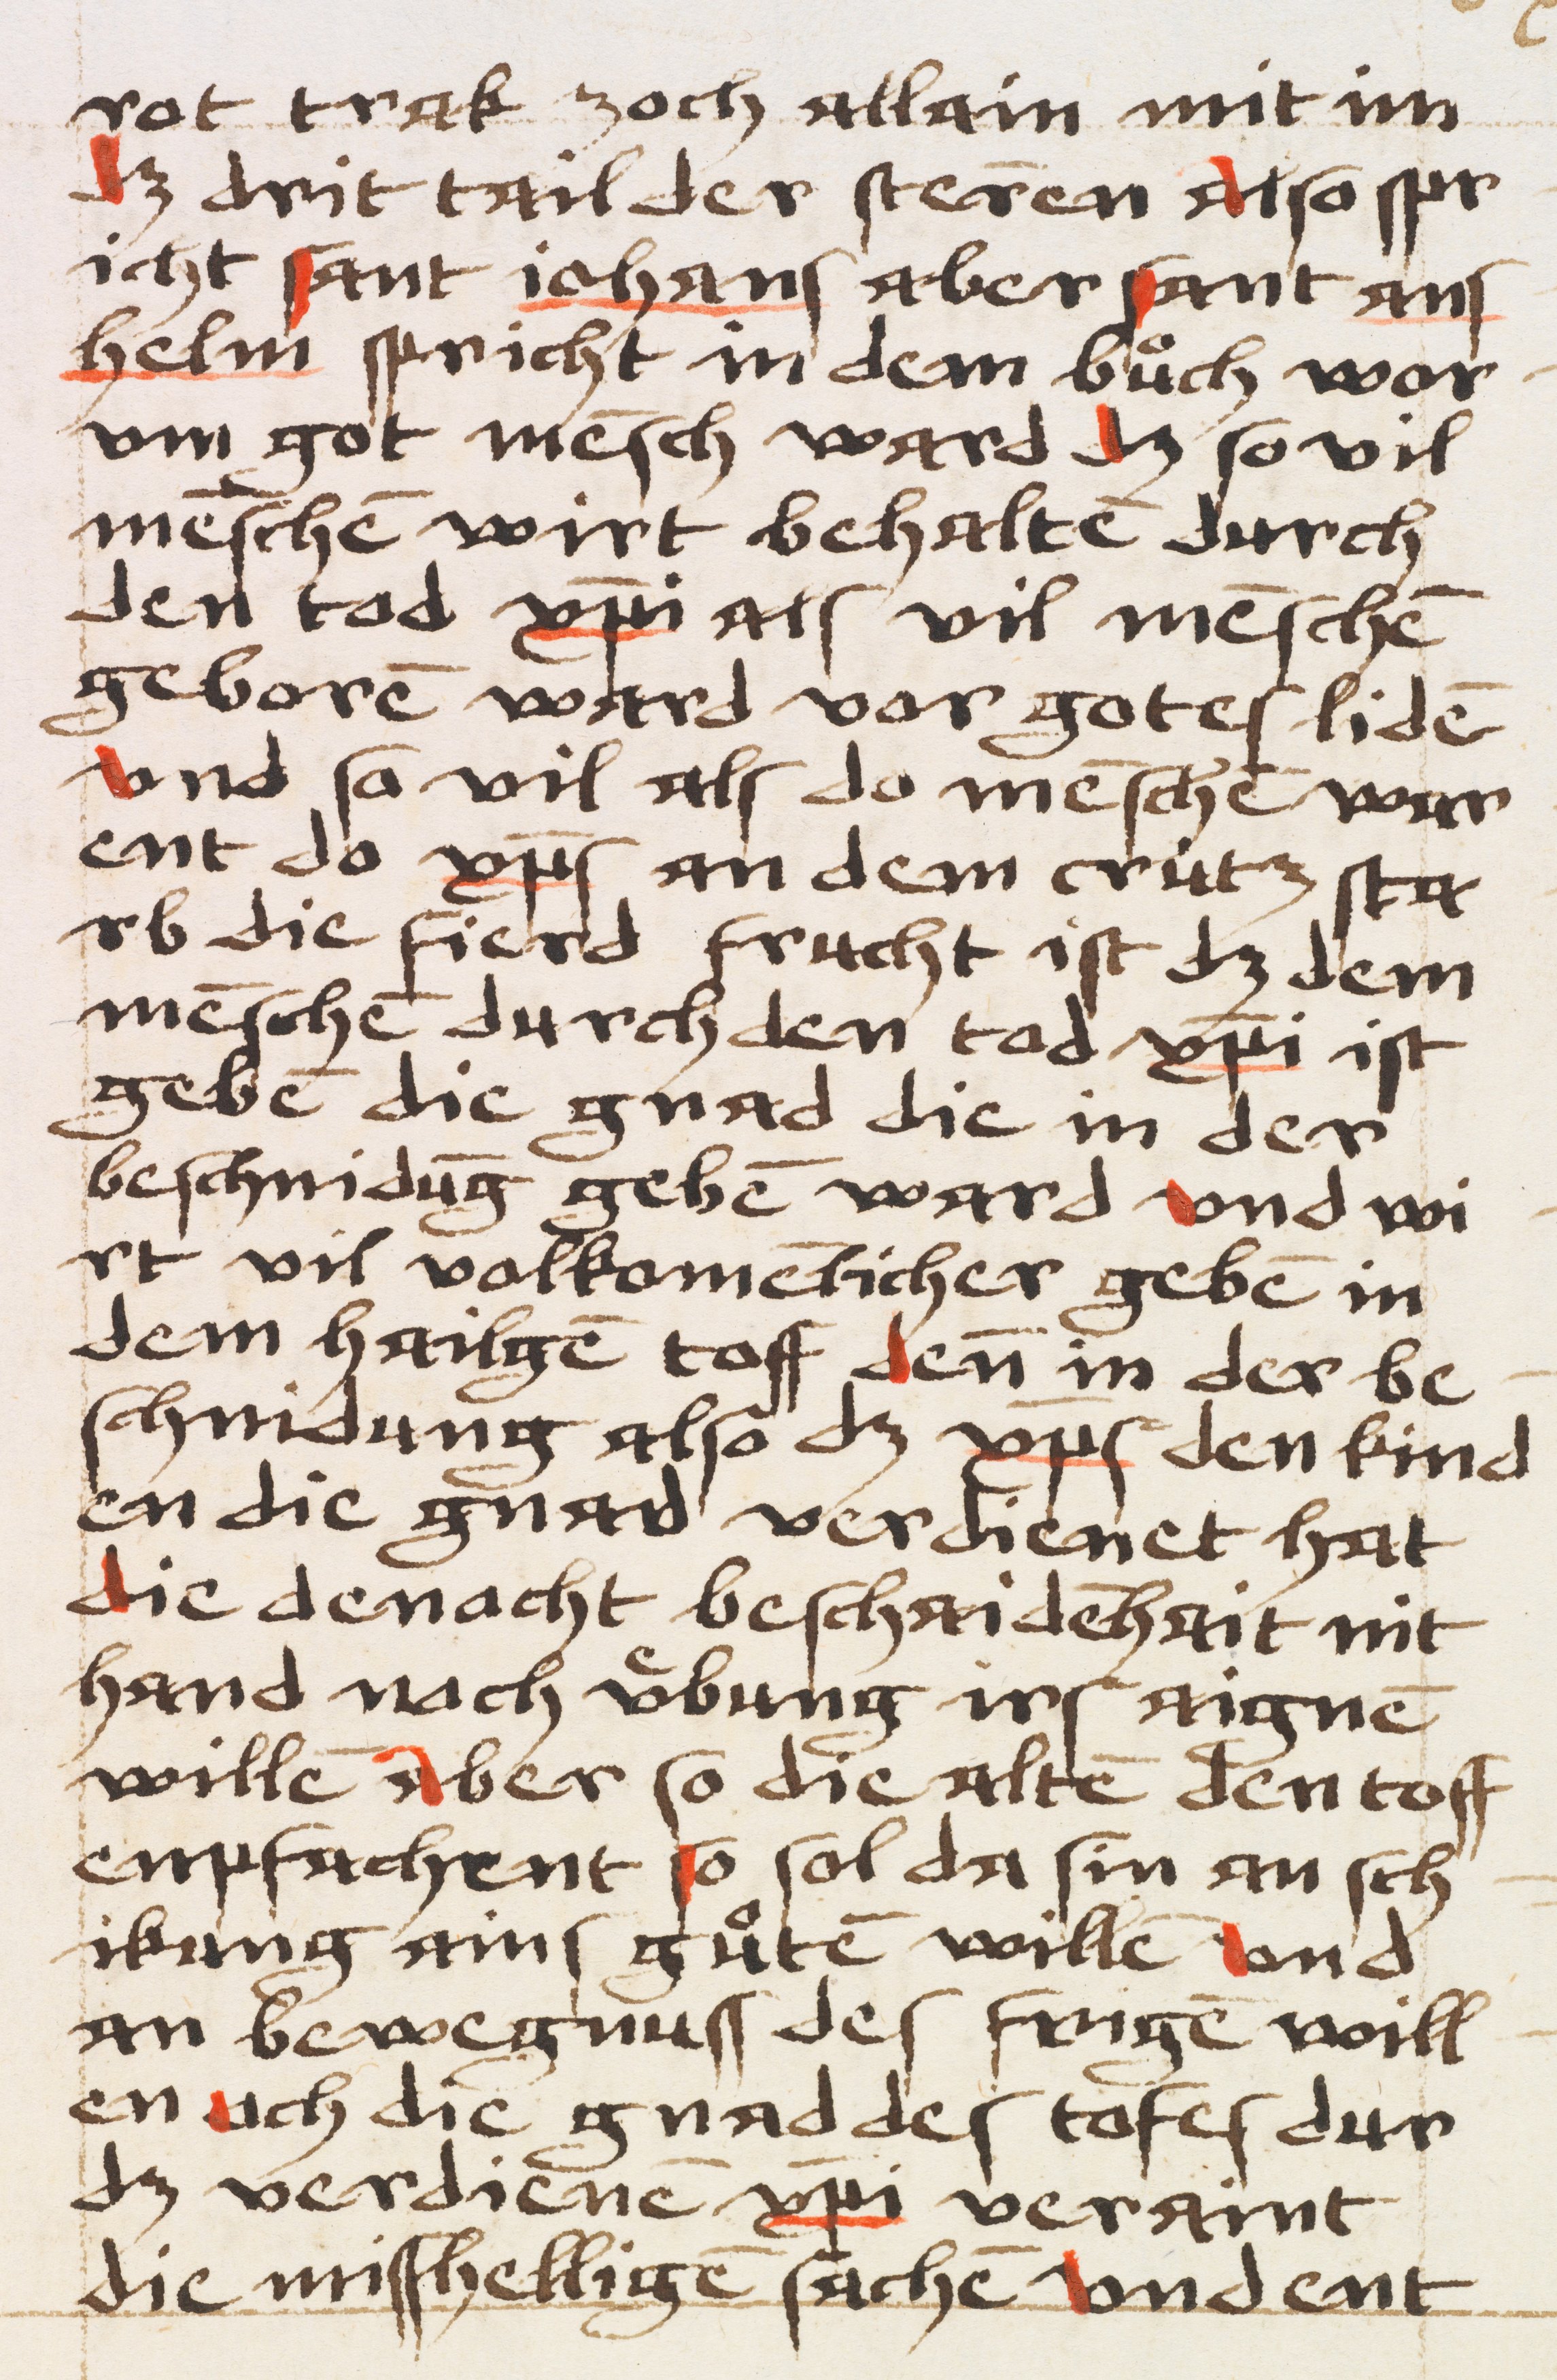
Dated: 1484–1484